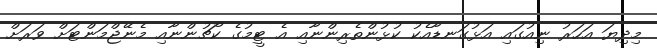
މިދިޔަ އަހަރު ނިއުގައި އަޅުގަނޑާއެކު ކުޅުންތެރިންނާއި އެ ޓީމުގެ ކޯޗުންނާއި މެނޭޖްމަންޓަށް ވަރަށް